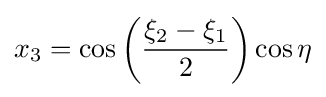
x_{3}=\cos \left({\frac {\xi _{2}-\xi _{1}}{2}}\right)\cos \eta